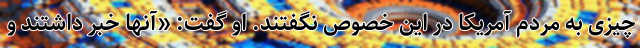
چیزی به مردم آمریکا در این خصوص نگفتند. او گفت: «آنها خبر داشتند و